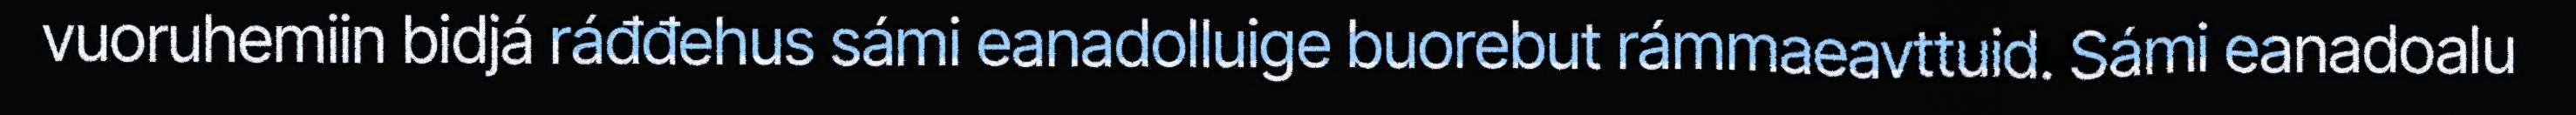
vuoruhemiin bidjá ráđđehus sámi eanadolluige buorebut rámmaeavttuid. Sámi eanadoalu